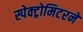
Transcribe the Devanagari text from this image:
स्पेक्ट्रोमिटरने